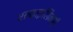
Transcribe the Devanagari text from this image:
एल्काइलिकरी